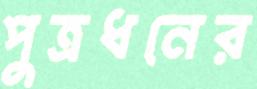
পুত্রধনের